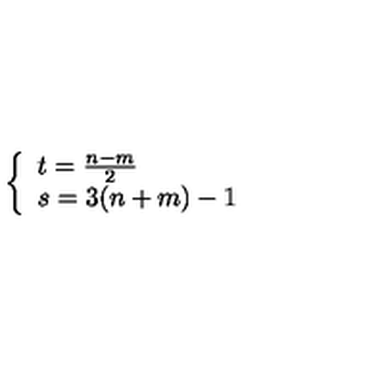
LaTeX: \left\{ \begin{array} { l l } { t = \frac { n - m } { 2 } } \\ { s = 3 ( n + m ) - 1 } \\ \end{array} \right.